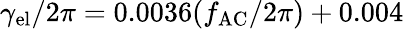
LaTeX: \gamma_{\mathrm{el}}/2\pi=0.0036(f_{\mathrm{AC}}/2\pi)+0.004